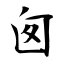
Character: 囪